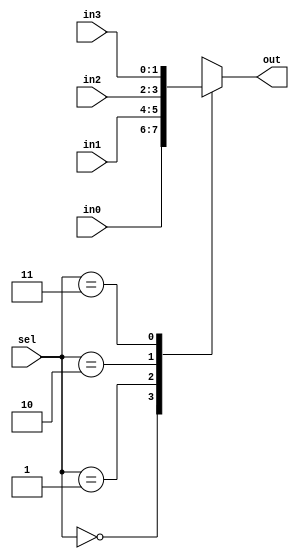
module mux_4to1 (
    input [1:0] in0,
    input [1:0] in1,
    input [1:0] in2,
    input [1:0] in3,
    input [1:0] sel,
    output reg [1:0] out
);

always @(*) begin
    case (sel)
        2'b00: out = in0;
        2'b01: out = in1;
        2'b10: out = in2;
        2'b11: out = in3;
    endcase
end

endmodule